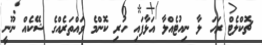
ޗޮކްލެޓް ރަހަ ލާ ނިއުޓެއްލާ އަޅާފައި ހުރި ކޮންމެ ވައްތަރެއްގެ ޝޭކެއް ނޫނީ